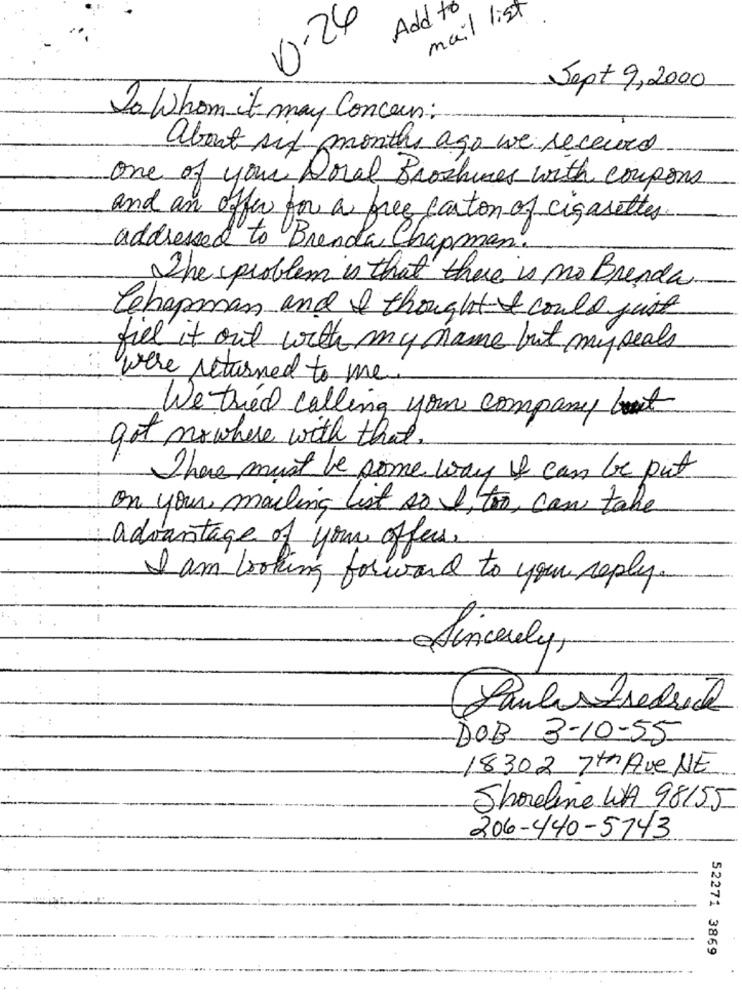
Add to
mail list
0.24
Sept 9,2000
To Whom it may Concern:
about six months ago we received
one of your Doval Broshines with coupons
and an offer for a free carton of cigarettes.
addressed to Brenda Chapman.
The problem is that there is no Brenda
Chapman and I thought & could just
fill it out with my name but my seals
were returned to me.
We tried calling your company bout
got nowhere with that.
There must be some way of can be put
on your mailing list so I, too, can take
advantage of your offers.
I am looking forward to your reply.
Sincerely,
Paulafredrik
DOB 3-10-55
18302 7th Ave NE
Shoreline WA 98155
206-440-5743
52271 3869